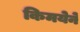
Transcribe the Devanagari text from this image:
किमयेने